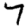
Digit: 7